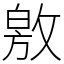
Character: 敫